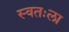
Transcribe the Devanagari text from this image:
स्‍वतःला